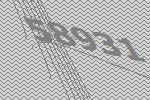
58931